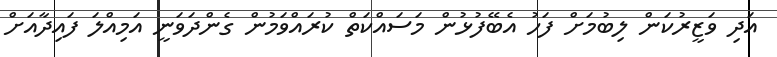
އަދި ވަޒީރުކަން ލިބުމަށް ފަހު އެބޭފުޅުން މަސައްކަތް ކުރައްވަމުން ގެންދަވަނީ އަމިއްލަ ފައިދާއަށް